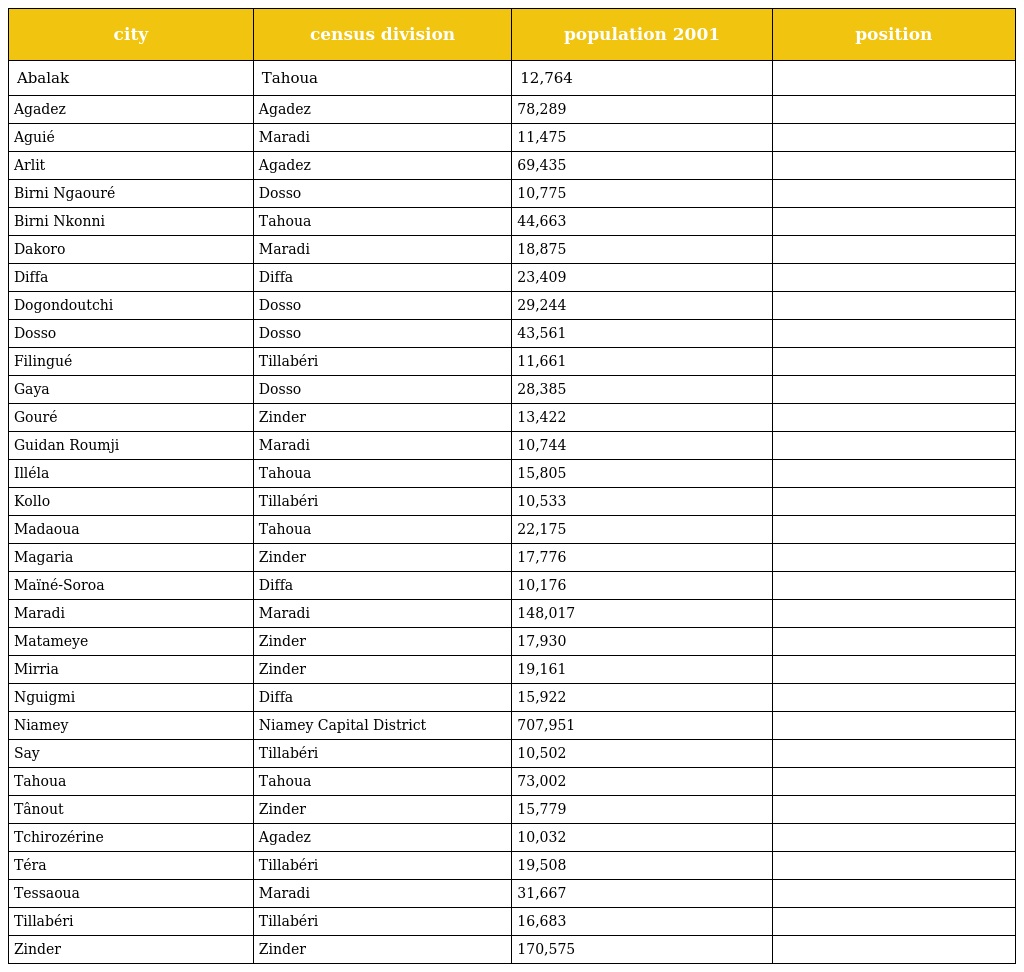
| city | census division | population 2001 | position |
 | --- | --- | --- | --- |
 | Abalak | Tahoua | 12,764 |  |
 | Agadez | Agadez | 78,289 |  |
 | Aguié | Maradi | 11,475 |  |
 | Arlit | Agadez | 69,435 |  |
 | Birni Ngaouré | Dosso | 10,775 |  |
 | Birni Nkonni | Tahoua | 44,663 |  |
 | Dakoro | Maradi | 18,875 |  |
 | Diffa | Diffa | 23,409 |  |
 | Dogondoutchi | Dosso | 29,244 |  |
 | Dosso | Dosso | 43,561 |  |
 | Filingué | Tillabéri | 11,661 |  |
 | Gaya | Dosso | 28,385 |  |
 | Gouré | Zinder | 13,422 |  |
 | Guidan Roumji | Maradi | 10,744 |  |
 | Illéla | Tahoua | 15,805 |  |
 | Kollo | Tillabéri | 10,533 |  |
 | Madaoua | Tahoua | 22,175 |  |
 | Magaria | Zinder | 17,776 |  |
 | Maïné-Soroa | Diffa | 10,176 |  |
 | Maradi | Maradi | 148,017 |  |
 | Matameye | Zinder | 17,930 |  |
 | Mirria | Zinder | 19,161 |  |
 | Nguigmi | Diffa | 15,922 |  |
 | Niamey | Niamey Capital District | 707,951 |  |
 | Say | Tillabéri | 10,502 |  |
 | Tahoua | Tahoua | 73,002 |  |
 | Tânout | Zinder | 15,779 |  |
 | Tchirozérine | Agadez | 10,032 |  |
 | Téra | Tillabéri | 19,508 |  |
 | Tessaoua | Maradi | 31,667 |  |
 | Tillabéri | Tillabéri | 16,683 |  |
 | Zinder | Zinder | 170,575 |  |